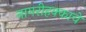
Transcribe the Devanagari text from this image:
नागरीहक्काचे